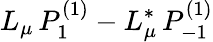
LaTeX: L_{\mu}\, P_{1}^{(1)}-L_{\mu}^{*}\, P_{-1}^{(1)}